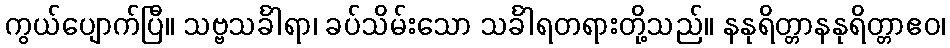
ကွယ်ပျောက်ပြီ။ သဗ္ဗသင်္ခါရာ၊ ခပ်သိမ်းသော သင်္ခါရတရားတို့သည်။ နနုရိတ္တာနနုရိတ္တာဧဝ၊